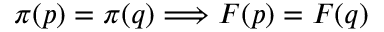
\pi ( p ) = \pi ( q ) \Longrightarrow F ( p ) = F ( q )